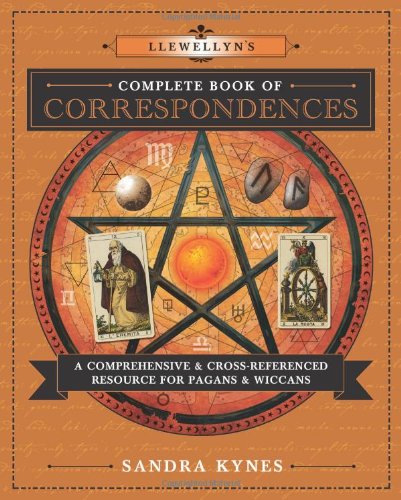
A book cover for Llewellyn's Complete Book of Correspondences: A Comprehensive & Cross-Referenced Resource for Pagans & Wiccans (Llewellyn's Complete Book Series); Sandra Kynes; Religion & Spirituality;